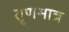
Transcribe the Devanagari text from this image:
तृणमात्र